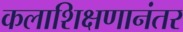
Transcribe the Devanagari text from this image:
कलाशिक्षणानंतर